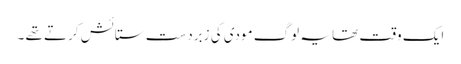
ایک وقت تھا یہ لوگ مودی کی زبردست ستائش کرتے تھے ۔